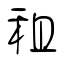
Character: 租